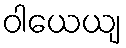
ဝါယေယျ